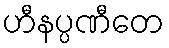
ဟီနပ္ပဏီတေ